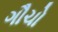
ગૌચો